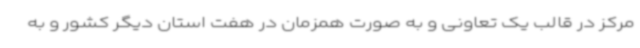
مرکز در قالب یک تعاونی و به صورت همزمان در هفت استان دیگر کشور و به